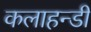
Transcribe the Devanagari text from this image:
कलाहन्डी